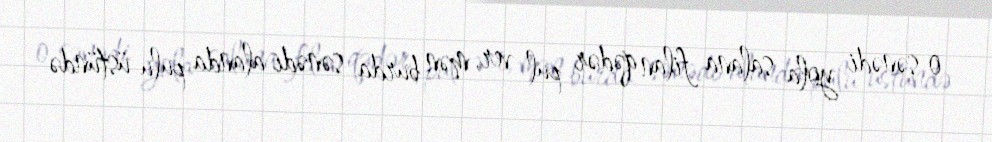
o sənədi yola salana filan qədər pul ver, mən burda sənədi alanda pulu üstündə